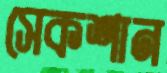
সেকশান